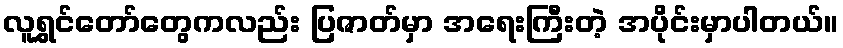
လူရွှင်တော်တွေကလည်း ပြဇာတ်မှာ အရေးကြီးတဲ့ အပိုင်းမှာပါတယ်။